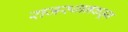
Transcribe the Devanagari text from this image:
राजस्थानकडून